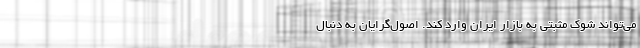
می‌تواند شوک مثبتی به بازار ایران وارد کند. اصول‌گرایان به دنبال